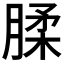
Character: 腬